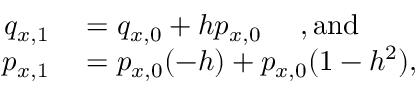
\begin{array} { r l } { q _ { x , 1 } } & { { } = q _ { x , 0 } + h p _ { x , 0 } ~ ~ ~ ~ \mathrm { , a n d } } \\ { p _ { x , 1 } } & { { } = p _ { x , 0 } ( - h ) + p _ { x , 0 } ( 1 - h ^ { 2 } ) , } \end{array}